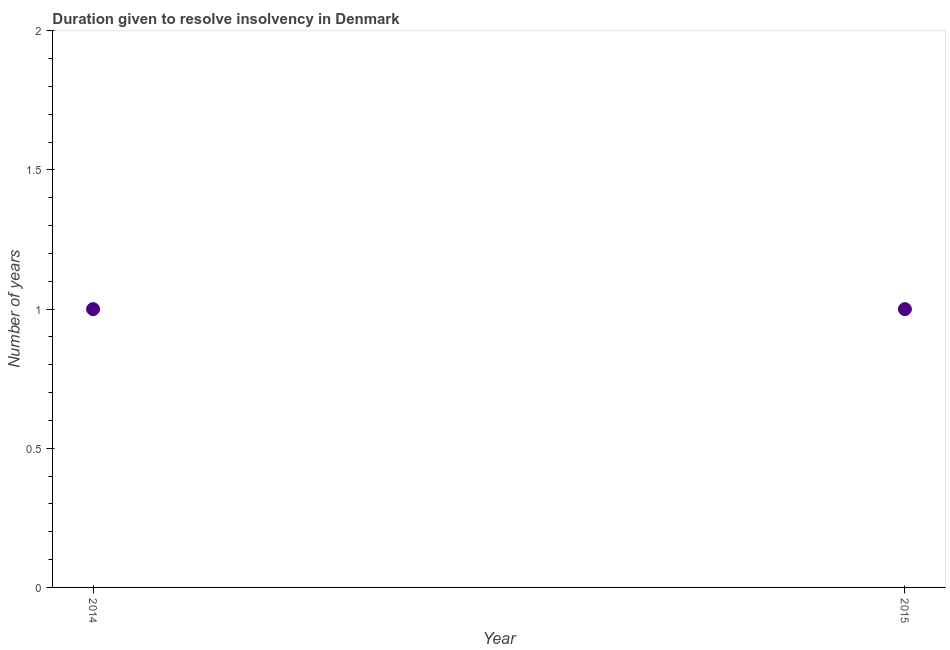
| Year | Resolve insolvency |
 | --- | --- |
 | 2014 | 1 |
 | 2015 | 1 |